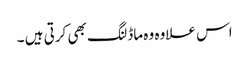
اس علاوہ وہ ماڈلنگ بھی کرتی ہیں ۔